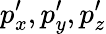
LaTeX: p_{x}^{\prime},p_{y}^{\prime},p_{z}^{\prime}